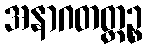
အနာဂတတ္ထဉ္စ